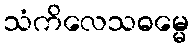
သံကိလေသဓမ္မေ